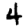
Digit: 4